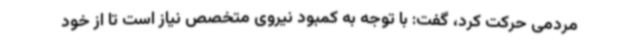
مردمی حرکت کرد، گفت: با توجه به کمبود نیروی متخصص نیاز است تا از خود